Riigikantselei, lk 9
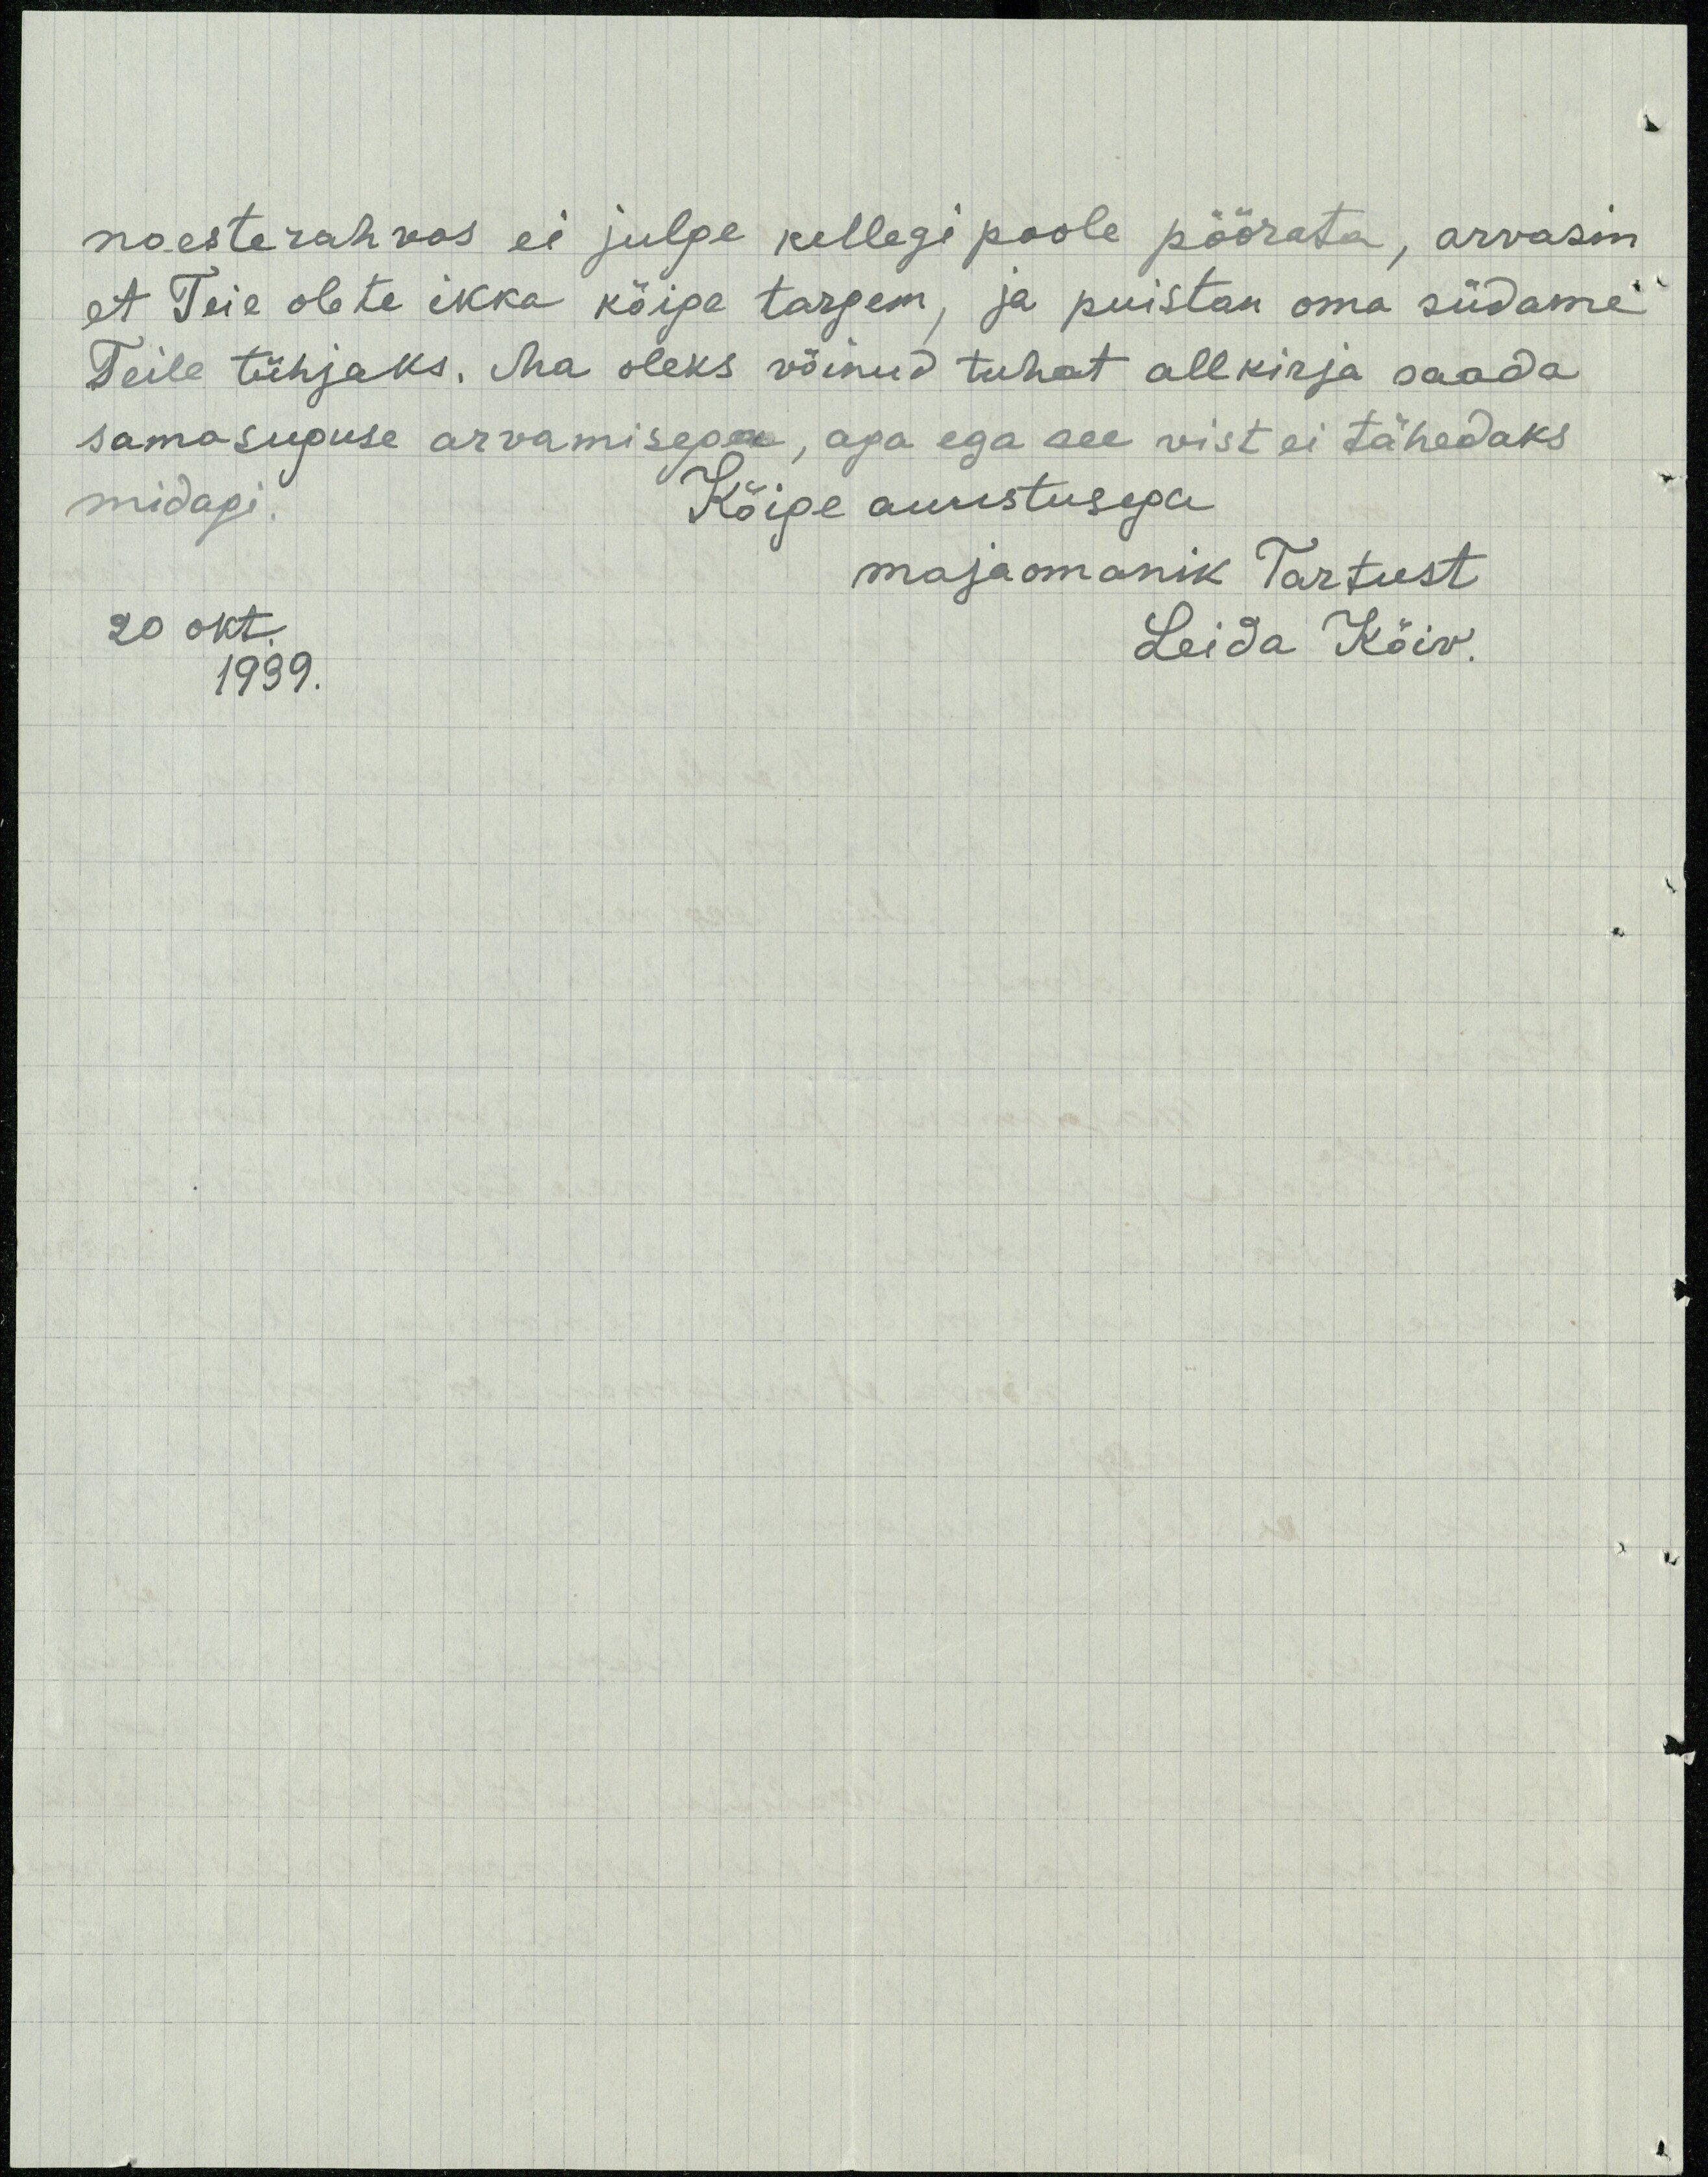
naesterahvas ei julge kellegi poole pöörata, arvasin
et Teie olete ikka kõige targem, ja puistan oma südame
Teile tühjaks. Ma oleks võinud tuhat allkirja saada
sama suguse arvamisega, aga ega see vist ei tähedaks
midagi.
Kõige auustusega
majaomanik Tartust
Leida Kõiv.
20 okt.
1939.